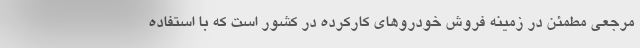
مرجعی مطمئن در زمینه فروش خودروهای کارکرده در کشور است که با استفاده